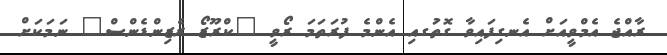
ރާއްޖެ އެމްވީއަށް އެނގިފައިވާ ގޮތުަގއި އެންމެ ފުރަތަމަ ރޯވީ "ކްރޫޒޯ ރެޒިންޑެންސް" ނަމަކަށް